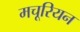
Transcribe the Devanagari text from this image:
मचूरियन